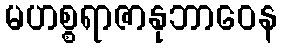
မဟစ္စရာဇာနုဘာဝေန